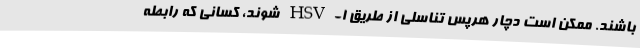
باشند. ممکن است دچار هرپس تناسلی از طریق HSV-1 شوند، کسانی که رابطه